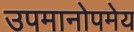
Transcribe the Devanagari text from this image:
उपमानोपमेय